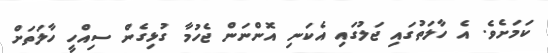
ކަމަށެވެ. އެ ހާލަތުގައި ޖަލުގައި އެކަނި އޮންނަން ޖެހުމާ ގުޅިގެން ސިއްހީ ހާލަތަށް